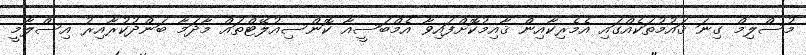
މުސްލިމް ގިނަ ޤައުމުތަކެއްގައި އެމެރިކާއިން ޤާއިމުކޮށްފައިވާ އެމްބަސީއާ ކޮންސިއުލޭޓްތައް މާދަމާ ބަންދުކުރާއިރު އިސްލާމީ